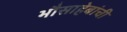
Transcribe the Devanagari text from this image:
भौसाहेबांची